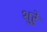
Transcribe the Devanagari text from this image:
शुरेु